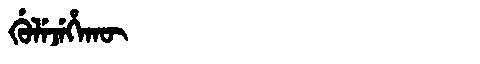
Manchu: ᡤᡠᠯᡝᠵᡝᡥᠠᡴᡡ
Romanization: GULEJEHAKŪ